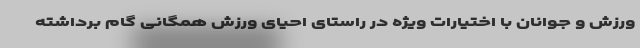
ورزش و جوانان با اختیارات ویژه در راستای احیای ورزش همگانی گام برداشته